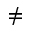
\neq